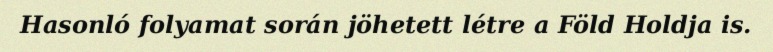
Hasonló folyamat során jöhetett létre a Föld Holdja is.